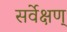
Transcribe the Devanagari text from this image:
सर्वेक्षण्